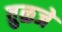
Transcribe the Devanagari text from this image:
तुळजे